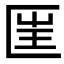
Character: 匩